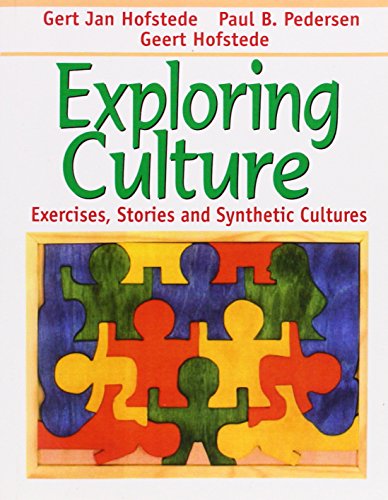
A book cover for Exploring Culture: Exercises, Stories and Synthetic Cultures; Gert Jan Hofstede; Politics & Social Sciences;